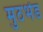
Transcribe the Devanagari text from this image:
मुठभेंड